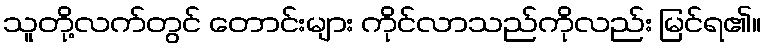
သူတို့လက်တွင် တောင်းများ ကိုင်လာသည်ကိုလည်း မြင်ရ၏။